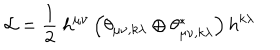
{ \cal L } = \frac { 1 } { 2 } \ h ^ { \mu \nu } \left( \theta _ { \mu \nu , k \lambda } \oplus \theta _ { \mu \nu , k \lambda } ^ { \ast } \right) h ^ { k \lambda }